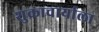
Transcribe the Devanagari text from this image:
शुक्राचार्याला